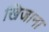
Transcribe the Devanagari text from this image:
खिजाना